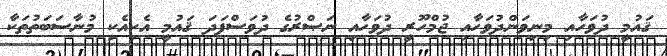
ޤައުމީ ދުވަހާއި މިނިވަންދުވަހާއި ޖުމްހޫރީ ދުވަހާއި ނަޞްރުގެ ދުވަސްފަދަ ޤައުމީ އެކިއެކި މުނާސަބަތުތަކާ